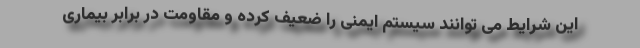
این شرایط می توانند سیستم ایمنی را ضعیف کرده و مقاومت در برابر بیماری